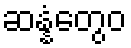
ဆန္နံတွေဝ